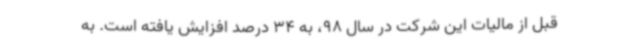
قبل از مالیات این شرکت در سال 98، به 34 درصد افزایش یافته است. به